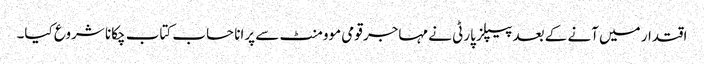
اقتدار میں آنے کے بعد پیپلز پارٹی نے مہاجر قومی موومنٹ سے پرانا حساب کتاب چکانا شروع کیا۔